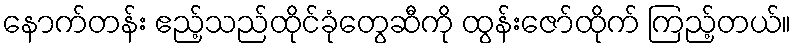
နောက်တန်း ဧည့်သည်ထိုင်ခုံတွေဆီကို ထွန်းဇော်ထိုက် ကြည့်တယ်။